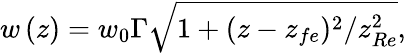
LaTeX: w\left(z\right)=w_{0}\Gamma\sqrt{1+(z-z_{fe})^{2}/z_{Re}^{2}},